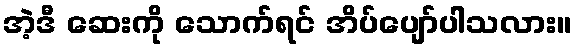
အဲ့ဒီ ဆေးကို သောက်ရင် အိပ်ပျော်ပါသလား။